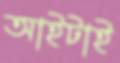
আইটাই